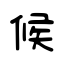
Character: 候